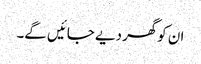
ان کوگھر دیے جائیں گے۔